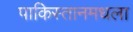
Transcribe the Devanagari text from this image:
पाकिस्तानमधला